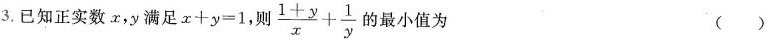
3.已知正实数x，y满足$$x+y=1$$，则 $$\frac{1+y}{x}+ \frac{1}{y}$$ 的最小值为 ( )